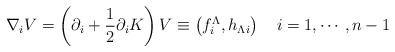
\begin{align*}\nabla_i V=\left( \partial _i + {1 \over 2} \partial _i K \right)V \equiv\left( f^\Lambda_i, h_{\Lambda i}\right) \quad i=1,\cdots , n-1\end{align*}